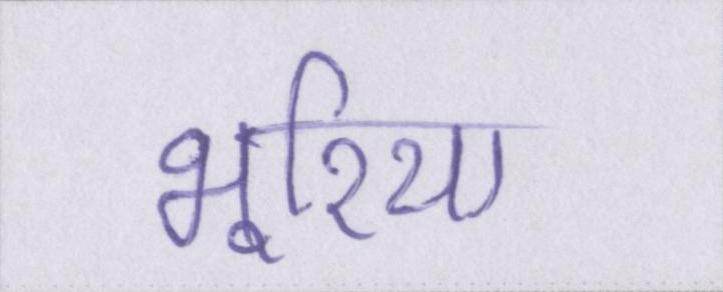
भूरिया